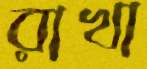
রাখা